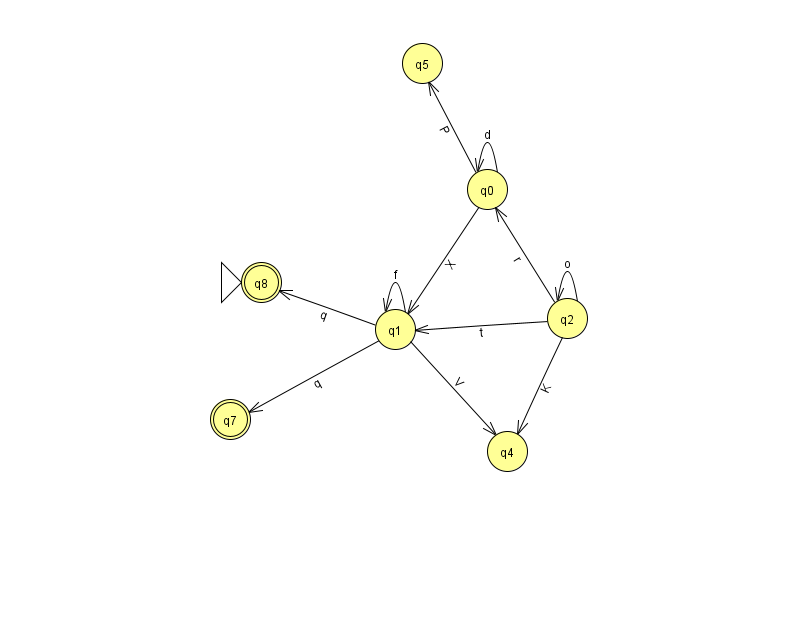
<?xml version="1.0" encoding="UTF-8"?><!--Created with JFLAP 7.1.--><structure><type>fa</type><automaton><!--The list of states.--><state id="0" name="q0"><x>487.0</x><y>176.0</y></state><state id="1" name="q1"><x>395.0</x><y>316.0</y></state><state id="2" name="q2"><x>567.0</x><y>305.0</y></state><state id="4" name="q4"><x>507.0</x><y>438.0</y></state><state id="5" name="q5"><x>422.0</x><y>50.0</y></state><state id="7" name="q7"><x>230.0</x><y>406.0</y><final/></state><state id="8" name="q8"><x>261.0</x><y>269.0</y><initial/><final/></state><!--The list of transitions.--><transition><from>0</from><to>5</to><read>P</read></transition><transition><from>2</from><to>4</to><read>K</read></transition><transition><from>1</from><to>8</to><read>q</read></transition><transition><from>0</from><to>0</to><read>d</read></transition><transition><from>1</from><to>7</to><read>q</read></transition><transition><from>1</from><to>1</to><read>f</read></transition><transition><from>2</from><to>0</to><read>r</read></transition><transition><from>2</from><to>1</to><read>t</read></transition><transition><from>1</from><to>4</to><read>V</read></transition><transition><from>0</from><to>1</to><read>X</read></transition><transition><from>2</from><to>2</to><read>o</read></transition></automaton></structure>